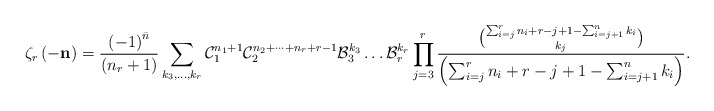
\begin{align*}\zeta_{r}\left(-\mathbf{n}\right)=\frac{\left(-1\right)^{\bar{n}}}{\left(n_{r}+1\right)}\sum_{k_{3},\dots,k_{r}}\mathcal{C}_{1}^{n_{1}+1}\mathcal{C}_{2}^{n_{2}+\dots+n_{r}+r-1}\mathcal{B}_{3}^{k_{3}}\dots\mathcal{B}_{r}^{k_{r}}\prod_{j=3}^{r}\frac{\binom{\sum_{i=j}^{r}n_{i}+r-j+1-\sum_{i=j+1}^{n}k_{i}}{k_{j}}}{\left(\sum_{i=j}^{r}n_{i}+r-j+1-\sum_{i=j+1}^{n}k_{i}\right)}.\end{align*}